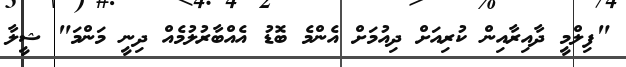
"ފިލްމީ ދާއިރާއިން ކުރިއަށް ދިއުމަށް އެންމެ ބޮޑު އެއްބާރުލުމެއް ދިނީ މަންމަ" ޝީލާ